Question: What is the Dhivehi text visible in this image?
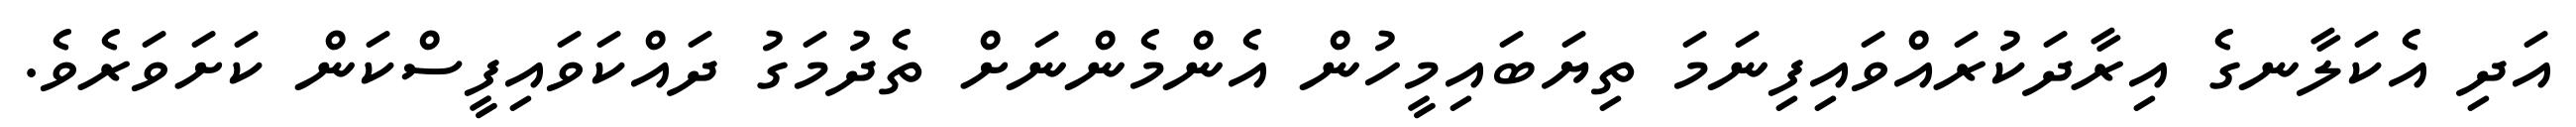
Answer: އަދި އެކަލާނގެ އިރާދަކުރައްވައިފިނަމަ ތިޔަބައިމީހުން އެންމެންނަށް ތެދުމަގު ދައްކަވައިފީސްކަން ކަށަވަރެވެ.